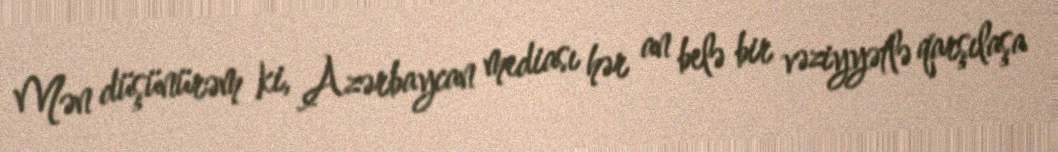
Mən düşünürəm ki, Azərbaycan mediası hər an belə bir vəziyyətlə qarşılaşa